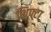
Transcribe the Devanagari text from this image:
शिफ्टा